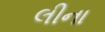
લીના